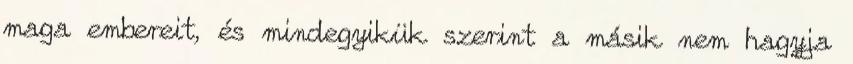
maga embereit, és mindegyikük szerint a másik nem hagyja